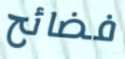
فضائح